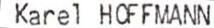
Karel HOFFMANN